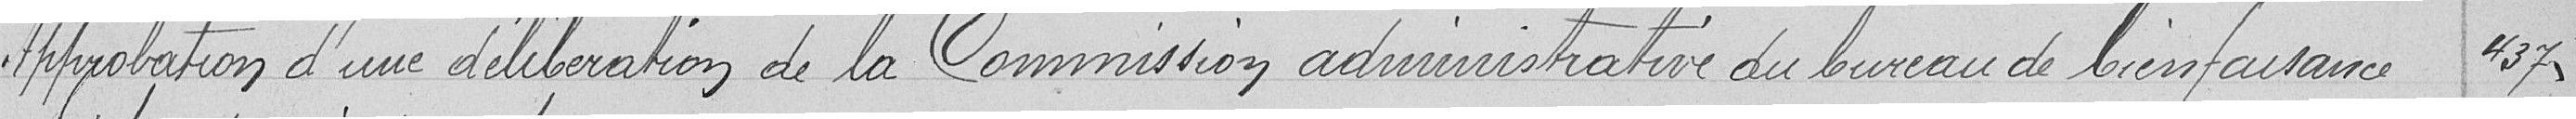
Approbation d'une délibération de la Commission administrative du bureau de bienfaisance